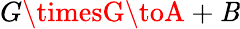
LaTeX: G\timesG\toA+\mathit{B}